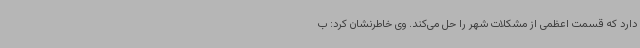
دارد که قسمت اعظمی از مشکلات شهر را حل می‌کند. وی خاطرنشان کرد: ب